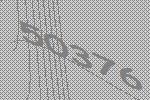
50376